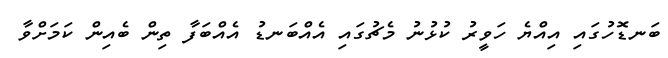
ބަނޑޮހުގައި އިއްޔެ ހަވީރު ކުޅުނު މެޗުގައި އެއްބަނޑު އެއްބަފާ ތިން ބެއިން ކަމަށްވާ